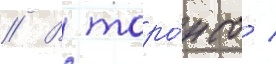
// В торо́нто /